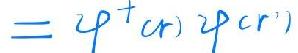
$=\varphi ^{\dagger }(r)\varphi (r')$